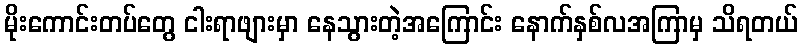
မိုးကောင်းတပ်တွေ ငါးရာဖျားမှာ နေသွားတဲ့အကြောင်း နောက်နှစ်လအကြာမှ သိရတယ်